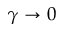
\gamma \to 0